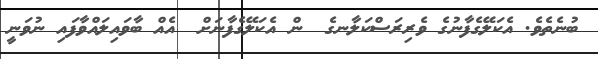
ބުނެތެވެ. އެކަލޭގެފާނުގެ ވެރިރަސްކަލާނގެ  ން އެކަލޭގެފާނަށް  އެއް ބާވައިލައްވާފައި ނުވަނީ